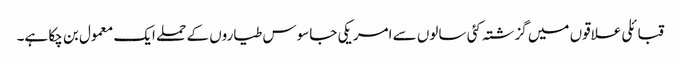
قبائلی علاقوں میں گزشتہ کئی سالوں سے امریکی جاسوس طیاروں کے حملے ایک معمول بن چکا ہے۔